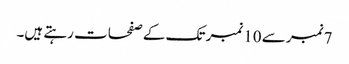
7نمبر سے 10نمبر تک کے صفحات رہتے ہیں۔